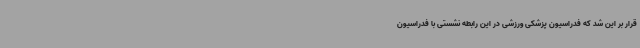
قرار بر این شد که فدراسیون پزشکی ورزشی در این رابطه نشستی با فدراسیون